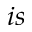
i s